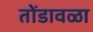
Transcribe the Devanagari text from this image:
तोंडावळा